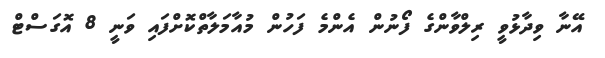
އޭނާ ވިދާޅުވީ ރިލްވާންގެ ފޯނުން އެންމެ ފަހުން މުއާމަލާތްކޮށްފައި ވަނީ 8 އޮގަސްޓް